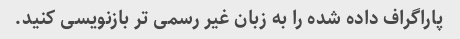
پاراگراف داده شده را به زبان غیر رسمی تر بازنویسی کنید.